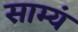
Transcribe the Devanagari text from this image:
साम्यं